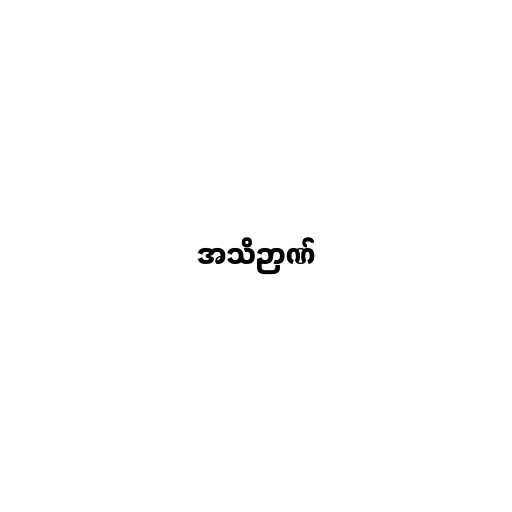
အသိဉာဏ်